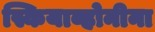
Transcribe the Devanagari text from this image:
स्कियाव्होनीना